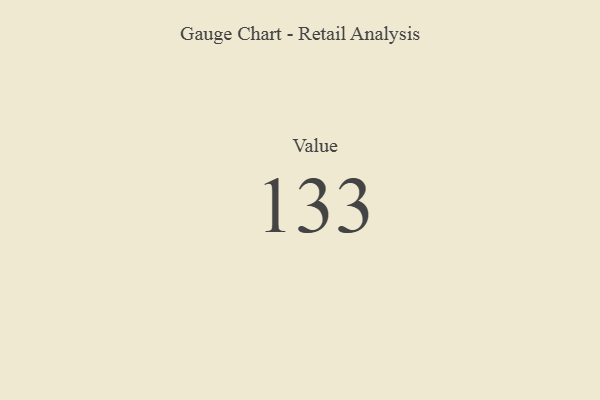
{"axis": {"x": "Metric", "y": "Value"}, "legend": [""], "data": [{"x": "Value", "y": 133, "type": ""}]}